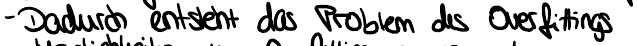
- Dadurch entsteht das Problem des Overfittings